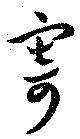
寄